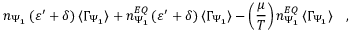
n _ { \Psi _ { 1 } } \, ( \varepsilon ^ { \prime } + \delta ) \, \langle \Gamma _ { \Psi _ { 1 } } \rangle + n _ { \Psi _ { 1 } } ^ { E Q } \, ( \varepsilon ^ { \prime } + \delta ) \, \langle \Gamma _ { \Psi _ { 1 } } \rangle - \left( \frac { \mu } { T } \right) n _ { \Psi _ { 1 } } ^ { E Q } \, \langle \Gamma _ { \Psi _ { 1 } } \rangle \quad ,